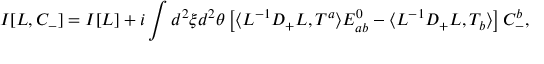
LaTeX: I [ L , C _ { - } ] = I [ L ] + i \int d ^ { 2 } \xi d ^ { 2 } \theta \left[ \langle L ^ { - 1 } D _ { + } L , T ^ { a } \rangle E _ { a b } ^ { 0 } - \langle L ^ { - 1 } D _ { + } L , T _ { b } \rangle \right] C _ { - } ^ { b } ,